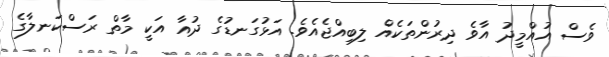
ވެސް އުއްމީދު އާވެ ދިރުންތަކެއް ލިބިއްޖެއެވެ. އަޅުގަނޑުގެ ދުއާ އަކީ މާތް ރަސްކަނލާގެ